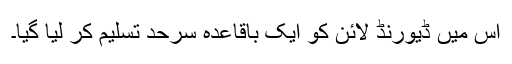
اس میں ڈیورنڈ لائن کو ایک باقاعدہ سرحد تسلیم کر لیا گیا۔